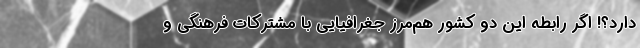
دارد؟! اگر رابطه این دو کشور هم‌مرز جغرافیایی با مشترکات فرهنگی و